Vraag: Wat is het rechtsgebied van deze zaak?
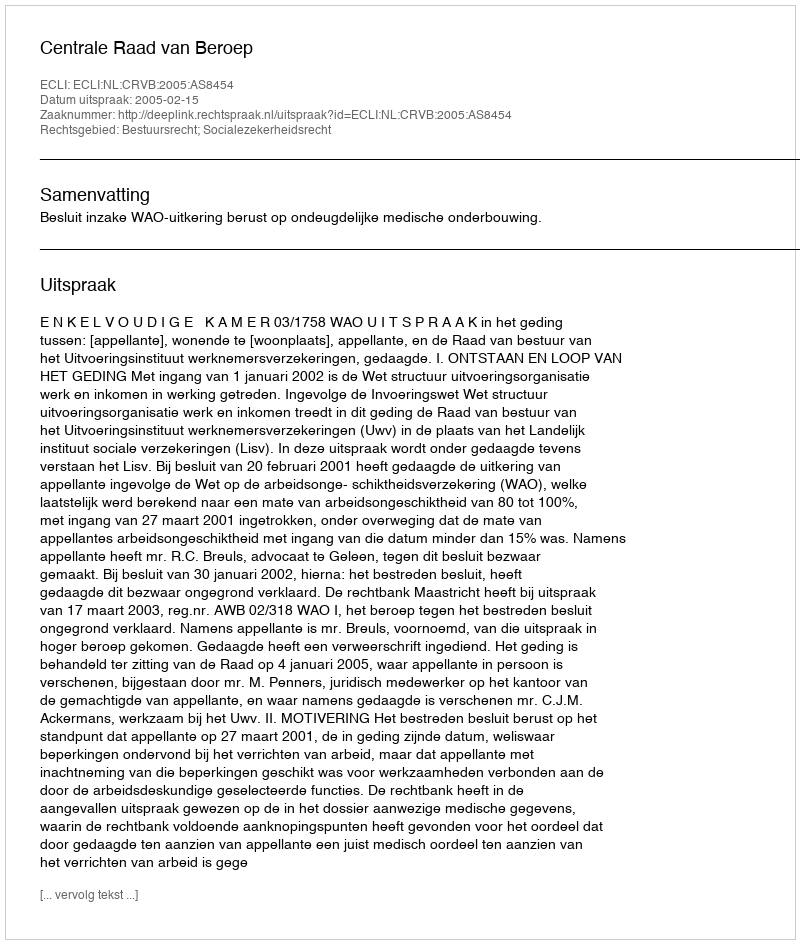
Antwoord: Bestuursrecht; Socialezekerheidsrecht